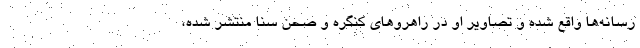
رسانه‌ها واقع شده و تصاویر او در راهروهای کنگره و صحن سنا منتشر شده،